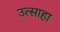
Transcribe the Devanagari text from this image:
उत्साहा